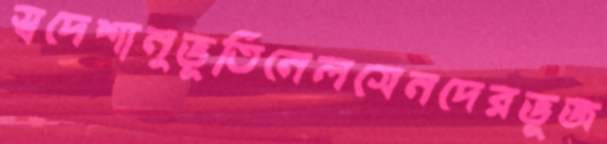
স্বদেশানুভূতিনেলসেনদেরভূজ